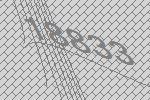
18833